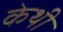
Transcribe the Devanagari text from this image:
केथी